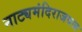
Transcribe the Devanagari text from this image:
नाट्यमंदिराजवळ